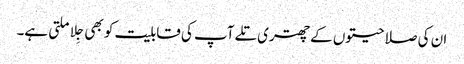
ان کی صلاحیتوں کے چھتری تلے آپ کی قابلیت کو بھی جِلا ملتی ہے۔